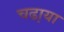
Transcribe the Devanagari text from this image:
चढा़या